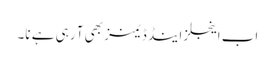
اب اینجلز اینڈ ڈیمنز بھی آ رہی ہے نا۔